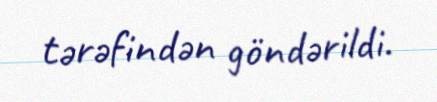
tərəfindən göndərildi.